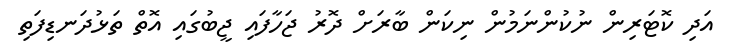
އަދި ކޮޓަރިން ނުކުންނަމުން ނިކަން ބާރަށް ދޮރު ޖަހާފައި ޖީބުގައި އޮތް ތަޅުދަނޑިފަތި